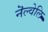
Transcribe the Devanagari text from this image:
नॆल्वेलि